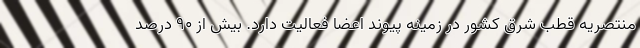
منتصریه قطب شرق کشور در زمینه پیوند اعضا فعالیت دارد. بیش از ۹۰ درصد